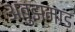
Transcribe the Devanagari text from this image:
अबुझमाड़